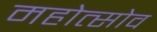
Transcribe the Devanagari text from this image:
महोत्सोव